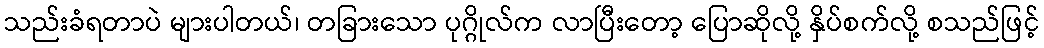
သည်းခံရတာပဲ များပါတယ်၊ တခြားသော ပုဂ္ဂိုလ်က လာပြီးတော့ ပြောဆိုလို့ နှိပ်စက်လို့ စသည်ဖြင့်